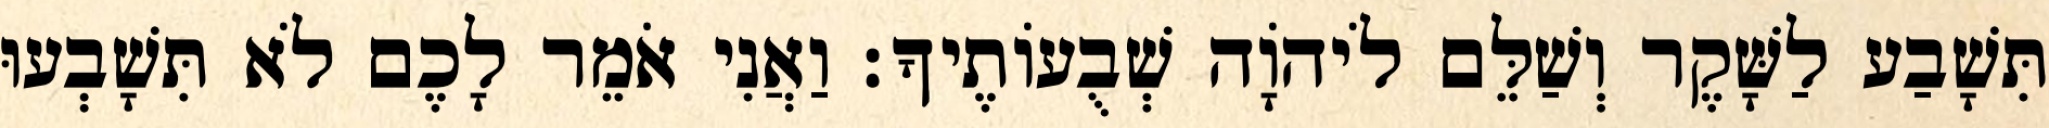
תִּשָׁבַע לַשָּׁקֶר וְשַׁלֵּם לֹיהוָֹה שְׁבֻעוֹתֶיךָ׃ וַאֲנִי אֹמֵר לָכֶם לֹא תִּשָׁבְעוּ